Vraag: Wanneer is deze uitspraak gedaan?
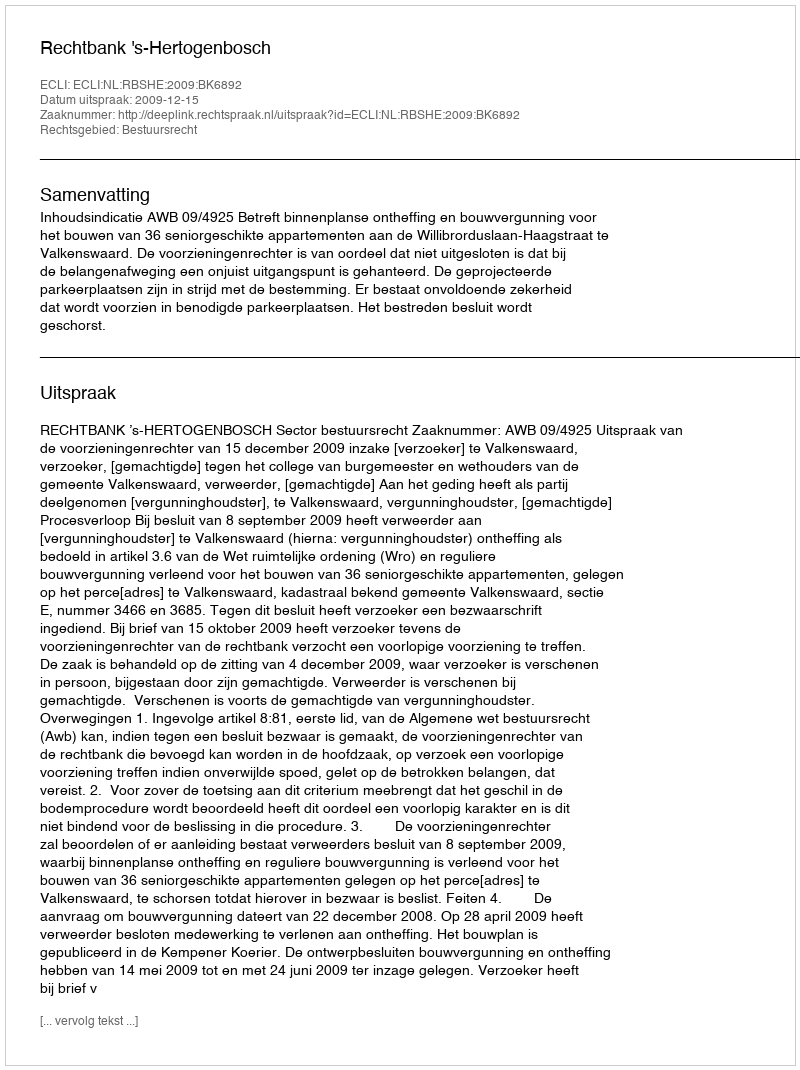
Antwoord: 2009-12-15